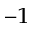
^ { – 1 }